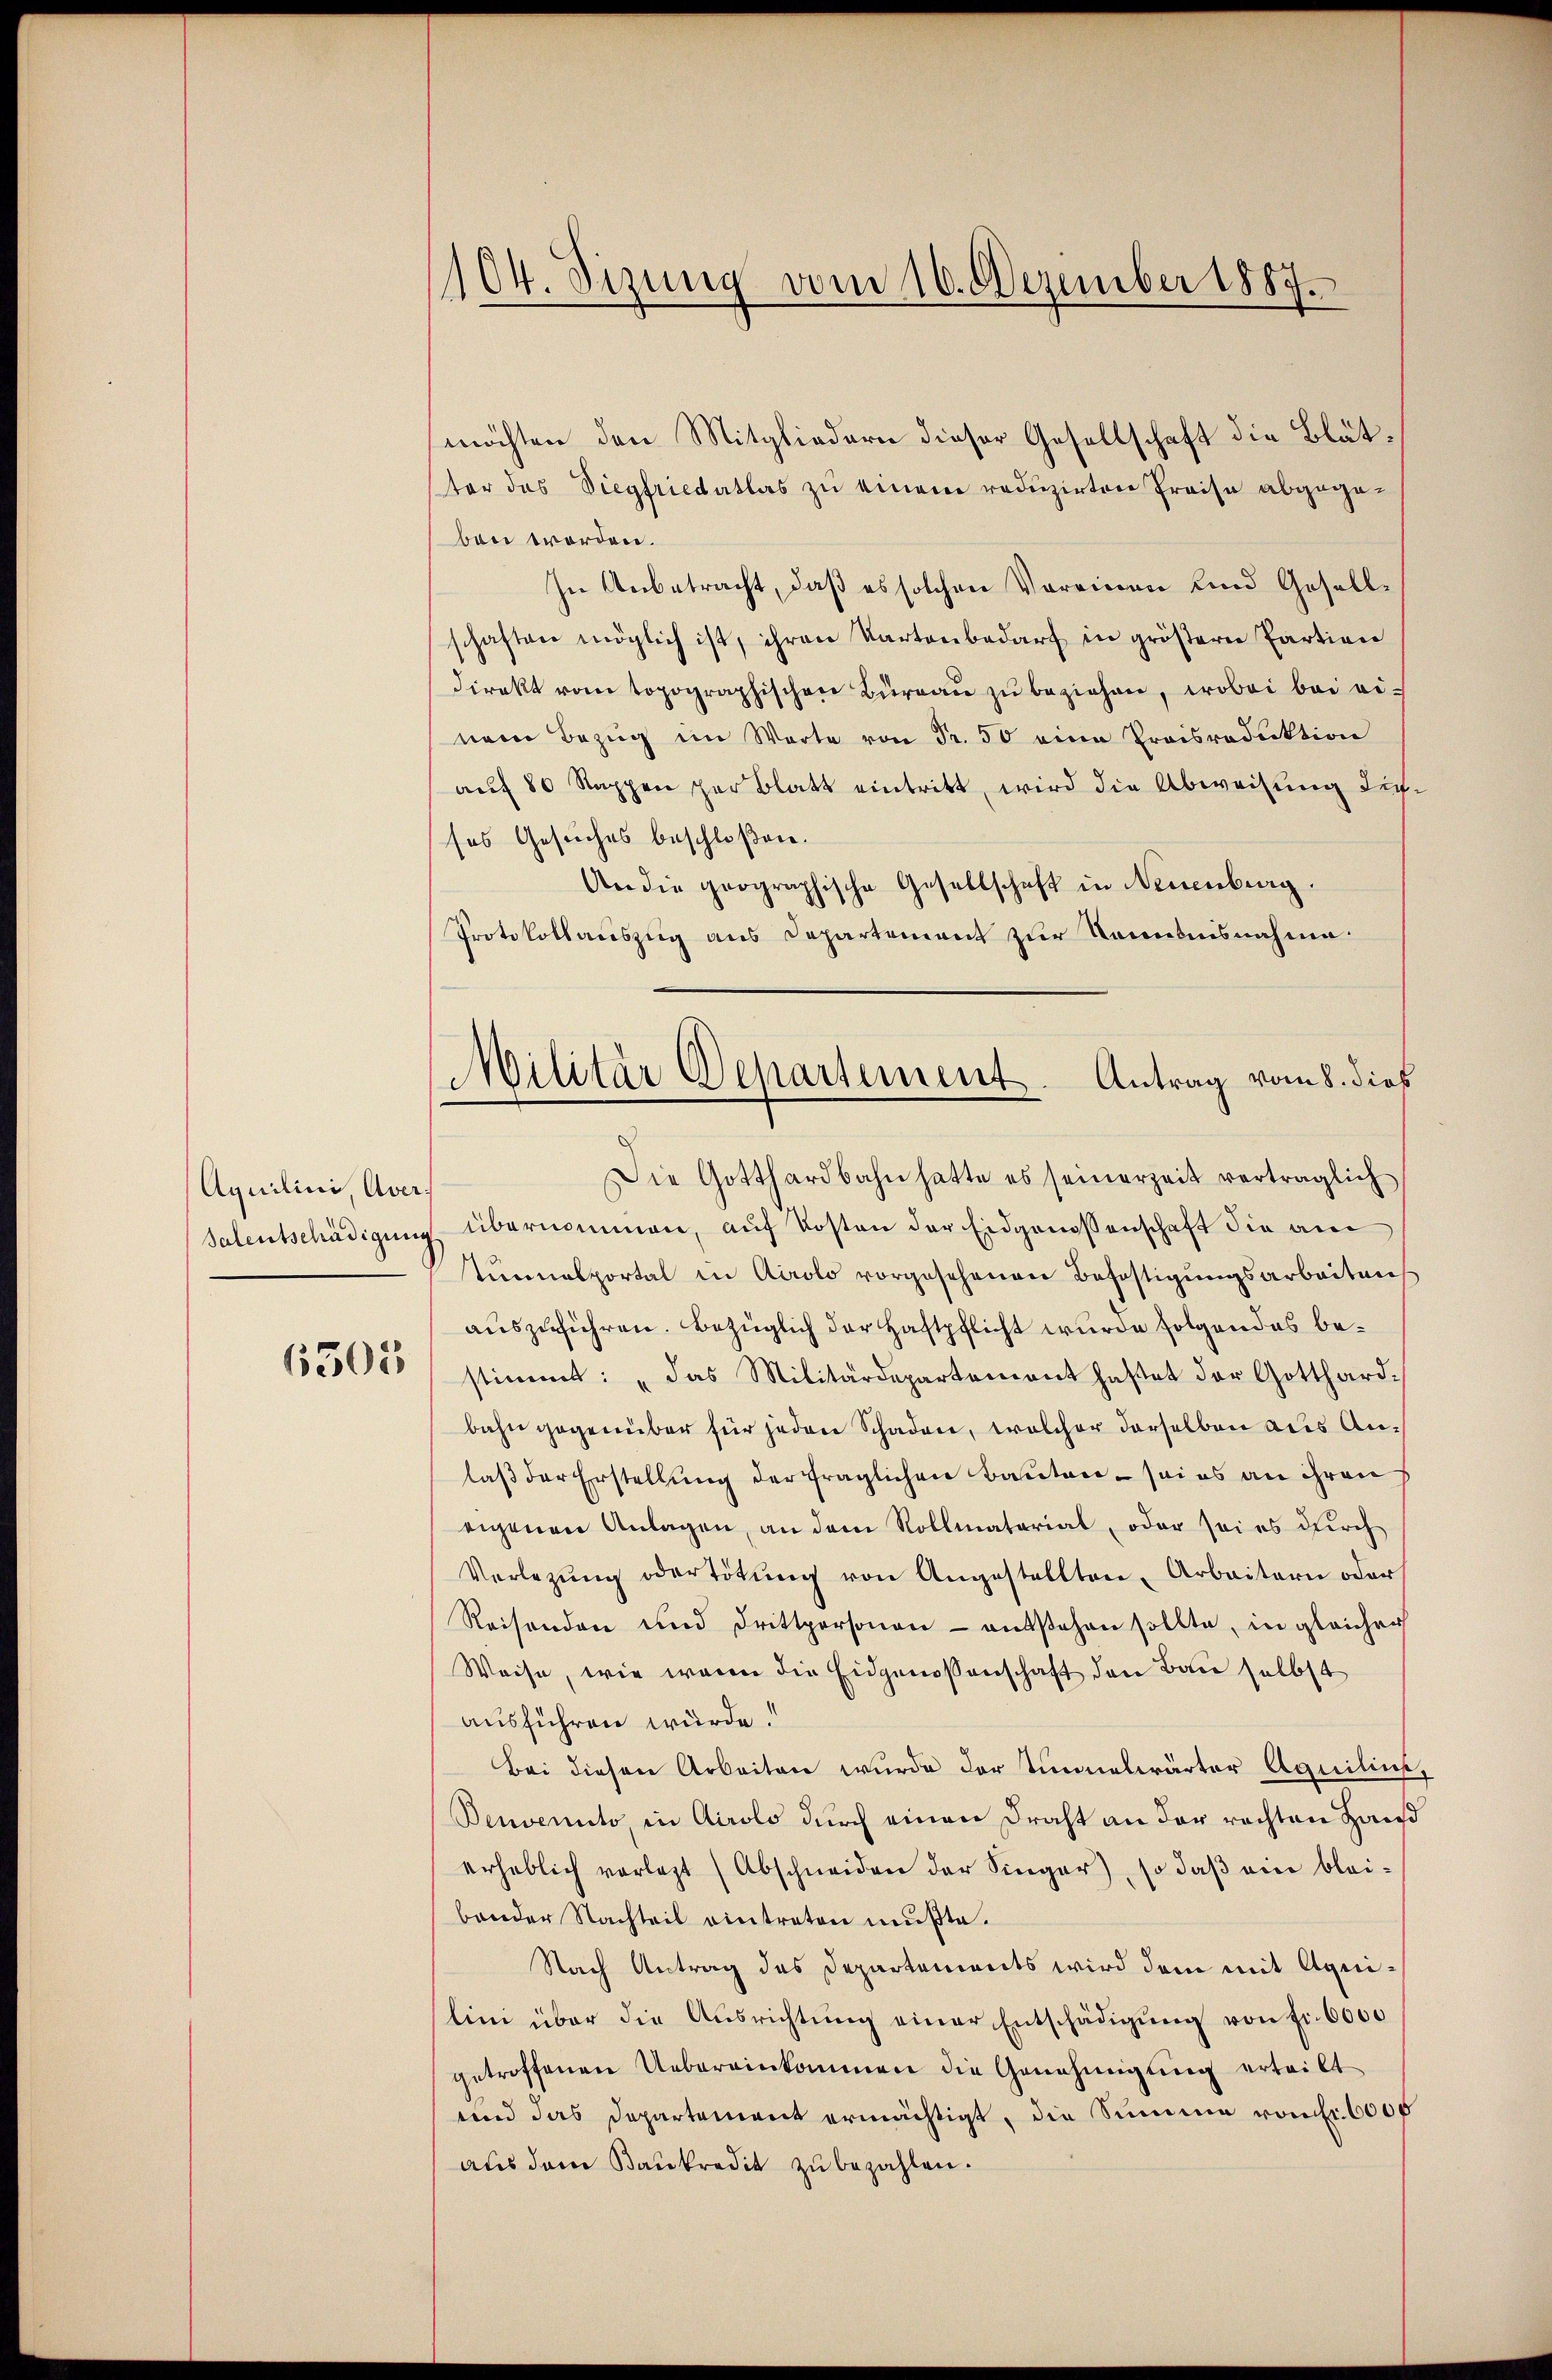
Aquilini, Aver¬

6305

1104. Sizung vom 16. Dezember 1887.

möchten den Mitgliedern dieser Gesellschaft die Blätter das Siegfriedatlas zu einem reduzirten Preise abgegeben worden.
In Anbetracht, daß es solchen Vereinen und Gesellschaften möglich ist, ihren Kartenbedarf in größern Partien
direkt vom topographischen Büreau zu beziehen, wobei bei einem Bezug im Warte von Fr. 50 eine Preisroduktion
auf 80 Rappen per Blatt eintritt, wird die Abweisung dieses Gesuches beschloßen.
An die geographische Gesellschaft in Neuenburg.
Protokollauszug aus Departement zur Kenntnisnahme
Die Gotthardbahn hatte es seinerzeit verträglich
Salentschädigung übernommen, auf Kosten der Eidgenossenschaft die am
tŭmnalportal in Airolo vorgesehenen Befestigungsarbeitens
auszuführen. Bezüglich der Haftpflicht wurde folgendes bestimmt: „das Militärdepartement hastet der Gotthard-
bahn gegenüber für jeden Schaden, welcher derselben aus Anlaß der Erstellung der fraglichen Bauten - sei es an ihren
eigenen Anlagen, an dem Rollmaterial, oder sei es durch
Verlegŭng oder tötŭng von Angestellten, Arbeitern oder
Reisenden und Drittpersonen - entstehen sollte, in gleicher
Weise, wie waren die Eidgenossenschaft den Bau selbst
ausführen würde.
Bei diesen Arbeiten wurde der Tunnelwärter Aquilins.
Benvenuto, in Airolo durch einen Draht an der rechten Haus
erheblich vorlegt (Abschneiden der Singer), so daβ eine blei-
bander Nachteil eintreten mußte.
Nach Antrag des Departements wird dem mit Aquilini über die Aŭsrichtŭng einer Entschädigŭng von fr. 6000
getroffenen Uebereinkommen die Genehmigung erteilt
und das Departement ermächtigt, die Summe von fr. 6000
aus dem Bankredit zŭ bezahlen.

Militär Departement. Antrag vom 8. dieß